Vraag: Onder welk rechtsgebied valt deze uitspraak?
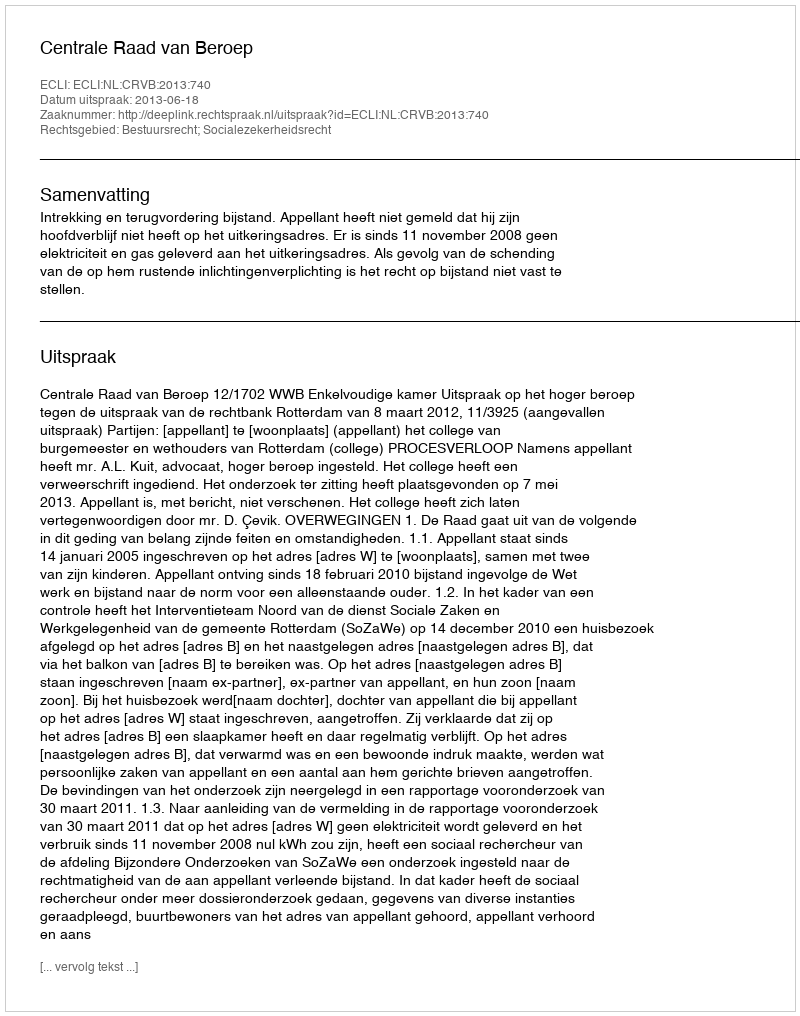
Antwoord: Bestuursrecht; Socialezekerheidsrecht